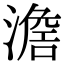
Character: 𣽃